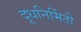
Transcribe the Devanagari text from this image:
दूधनिर्मिती